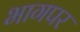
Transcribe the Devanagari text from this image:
भागपर